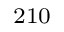
^ { 2 1 0 }